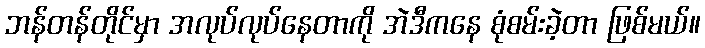
ဘန်တန်တိုင်မှာ အလုပ်လုပ်နေတာကို အဲဒီကနေ စုံစမ်းခဲ့တာ ဖြစ်မယ်။